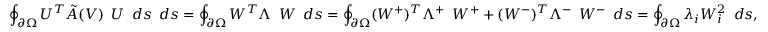
\oint _ { \partial \Omega } U ^ { T } \tilde { A } ( V ) \, \ U \, \ d s \, \ d s = \oint _ { \partial \Omega } W ^ { T } \Lambda \, \ W \, \ d s = \oint _ { \partial \Omega } ( W ^ { + } ) ^ { T } \Lambda ^ { + } \, \ W ^ { + } + ( W ^ { - } ) ^ { T } \Lambda ^ { - } \, \ W ^ { - } \, \ d s = \oint _ { \partial \Omega } \lambda _ { i } W _ { i } ^ { 2 } \, \ d s ,